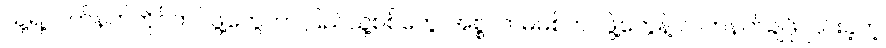
သူ့ရဲ့လက်နက်ကိုင်တပ်ဖွဲ့တွေဟာ ပြည်သူ့စစ်တွေ၊ အစ္စလာမ်မစ်တပ်ဖွဲ့တွေနဲ့ လက်နက်ချဖို ငြင်းခဲ့တဲ့